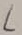
Text: L